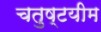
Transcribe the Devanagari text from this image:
चतुष्टयीम